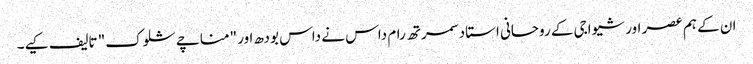
ان کے ہم عصر اور شیواجی کے روحانی استاد سمرتھ رام داس نے داس بودھ اور "مناچے شلوک" تالیف کیے۔